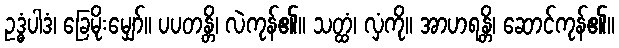
ဥဒ္ဓံပါဒံ၊ ခြေမိုးမျှော်။ ပပတန္တိ၊ လဲကုန်၏။ သတ္ထံ၊ လှံကို။ အာဟရန္တိ၊ ဆောင်ကုန်၏။